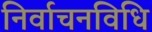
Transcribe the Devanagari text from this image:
निर्वाचनविधि